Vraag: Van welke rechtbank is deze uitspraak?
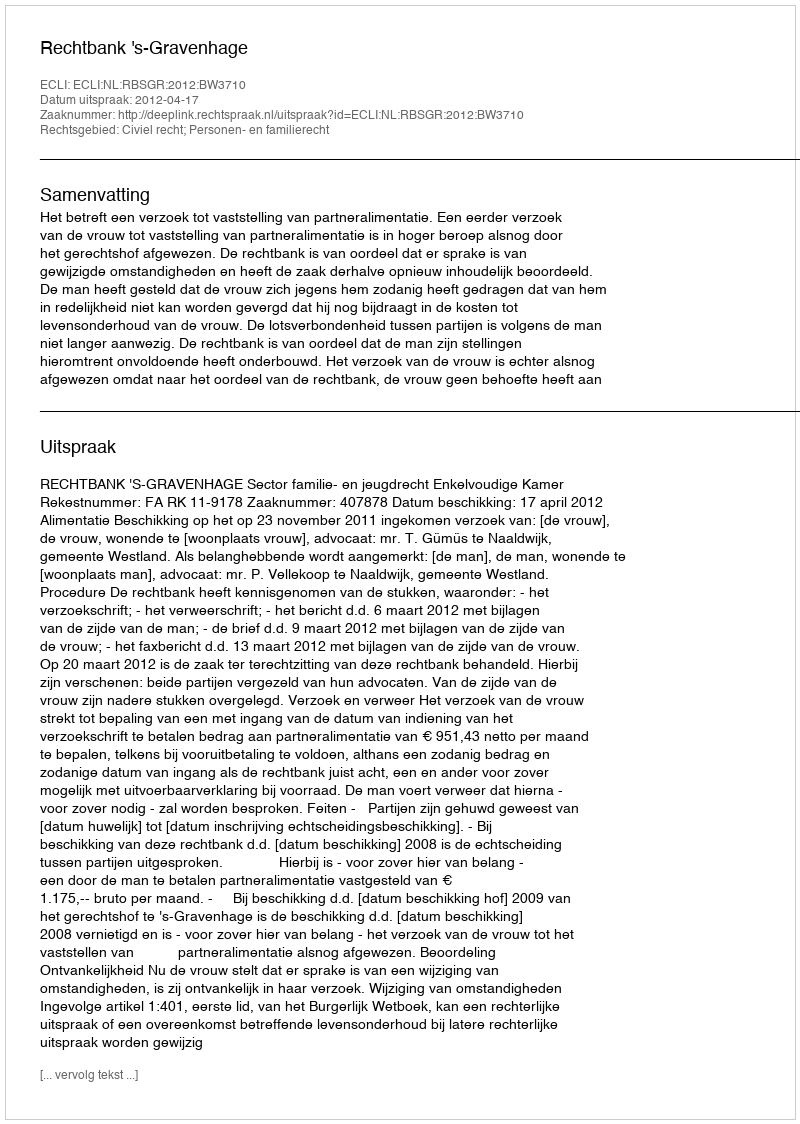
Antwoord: Rechtbank 's-Gravenhage